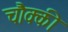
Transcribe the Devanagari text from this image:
चौक्की